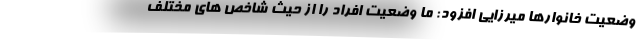
وضعیت خانوارها میرزایی افزود: ما وضعیت افراد را از حیث شاخص های مختلف